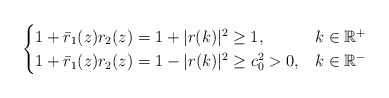
\begin{align*}\begin{cases}1+\bar{r}_1(z) r_2(z)=1+|r(k)|^{2} \geq 1, & k \in \mathbb{R}^{+} \\ 1+\bar{r}_1(z)r_2(z)=1-|r(k)|^{2} \geq c_{0}^{2}>0, & k \in \mathbb{R}^{-}\end{cases}\end{align*}